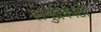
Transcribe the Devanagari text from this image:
समुद्रकाठी